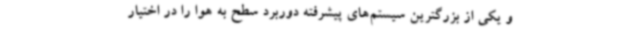
و یکی از بزرگترین سیستم‌های پیشرفته دوربرد سطح به هوا را در اختیار